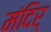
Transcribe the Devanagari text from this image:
मंदिर्